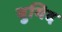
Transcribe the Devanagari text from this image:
बुयिद